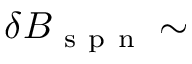
\delta B _ { \mathrm { ~ s ~ p ~ n ~ } } \sim